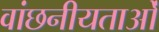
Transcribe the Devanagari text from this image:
वांछनीयताओं